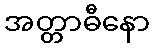
အတ္တာဓီနော